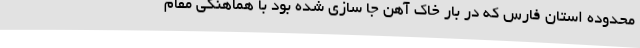
محدوده استان فارس که در بار خاک آهن جا سازی شده بود با هماهنگی مقام